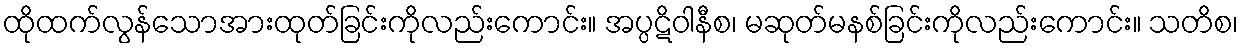
ထိုထက်လွန်သောအားထုတ်ခြင်းကိုလည်းကောင်း။ အပ္ပဋိဝါနီစ၊ မဆုတ်မနစ်ခြင်းကိုလည်းကောင်း။ သတိစ၊